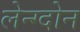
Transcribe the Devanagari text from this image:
लेन्ग्दोन